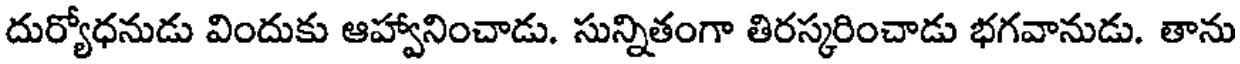
దుర్యోధనుడు విందుకు ఆహ్వానించాడు. సున్నితంగా తిరస్కరించాడు భగవానుడు. తాను